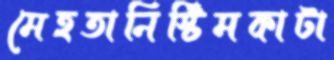
মেহতানিস্টিমকাটা